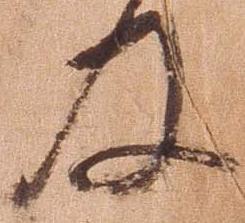
及